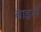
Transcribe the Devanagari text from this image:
बाइसें